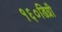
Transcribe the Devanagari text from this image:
१६०डिग्री